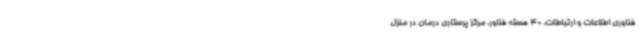
فناوری اطلاعات و ارتباطات، 40 هسته فناور، مرکز پرستاری درمان در منزل